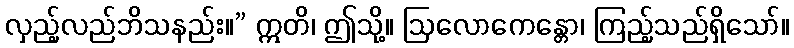
လှည့်လည်ဘိသနည်း။” ဣတိ၊ ဤသို့။ ဩလောကေန္တော၊ ကြည့်သည်ရှိသော်။